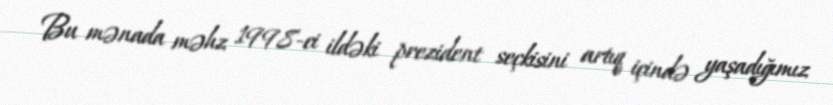
Bu mənada məhz 1998-ci ildəki prezident seçkisini artıq içində yaşadığımız